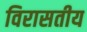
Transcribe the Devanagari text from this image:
विरासतीय